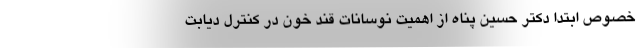
خصوص ابتدا دکتر حسین پناه از اهمیت نوسانات قند خون در کنترل دیابت